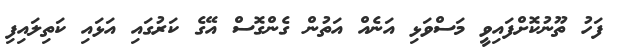
ފަހު ތޫނުކޮށްފައިވީ މަސްވަޅި އަނެއް އަތުން ގެންގޮސް އޭގެ ކަރުގައި އަޅައި ކަތިލައިފި